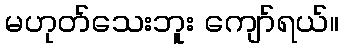
မဟုတ်သေးဘူး ကျော်ရယ်။